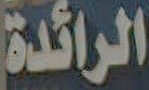
الرائدة